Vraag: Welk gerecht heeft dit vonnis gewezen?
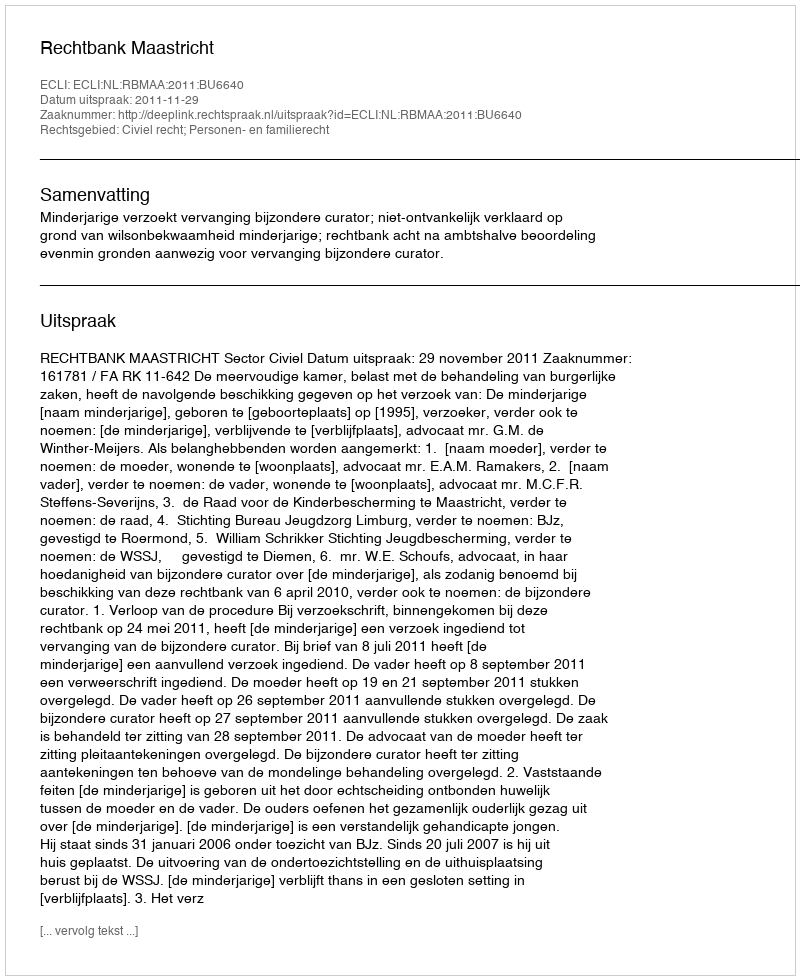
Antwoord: Rechtbank Maastricht